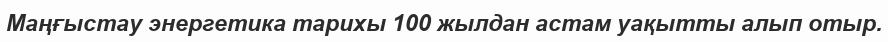
Маңғыстау энергетика тарихы 100 жылдан астам уақытты алып отыр.